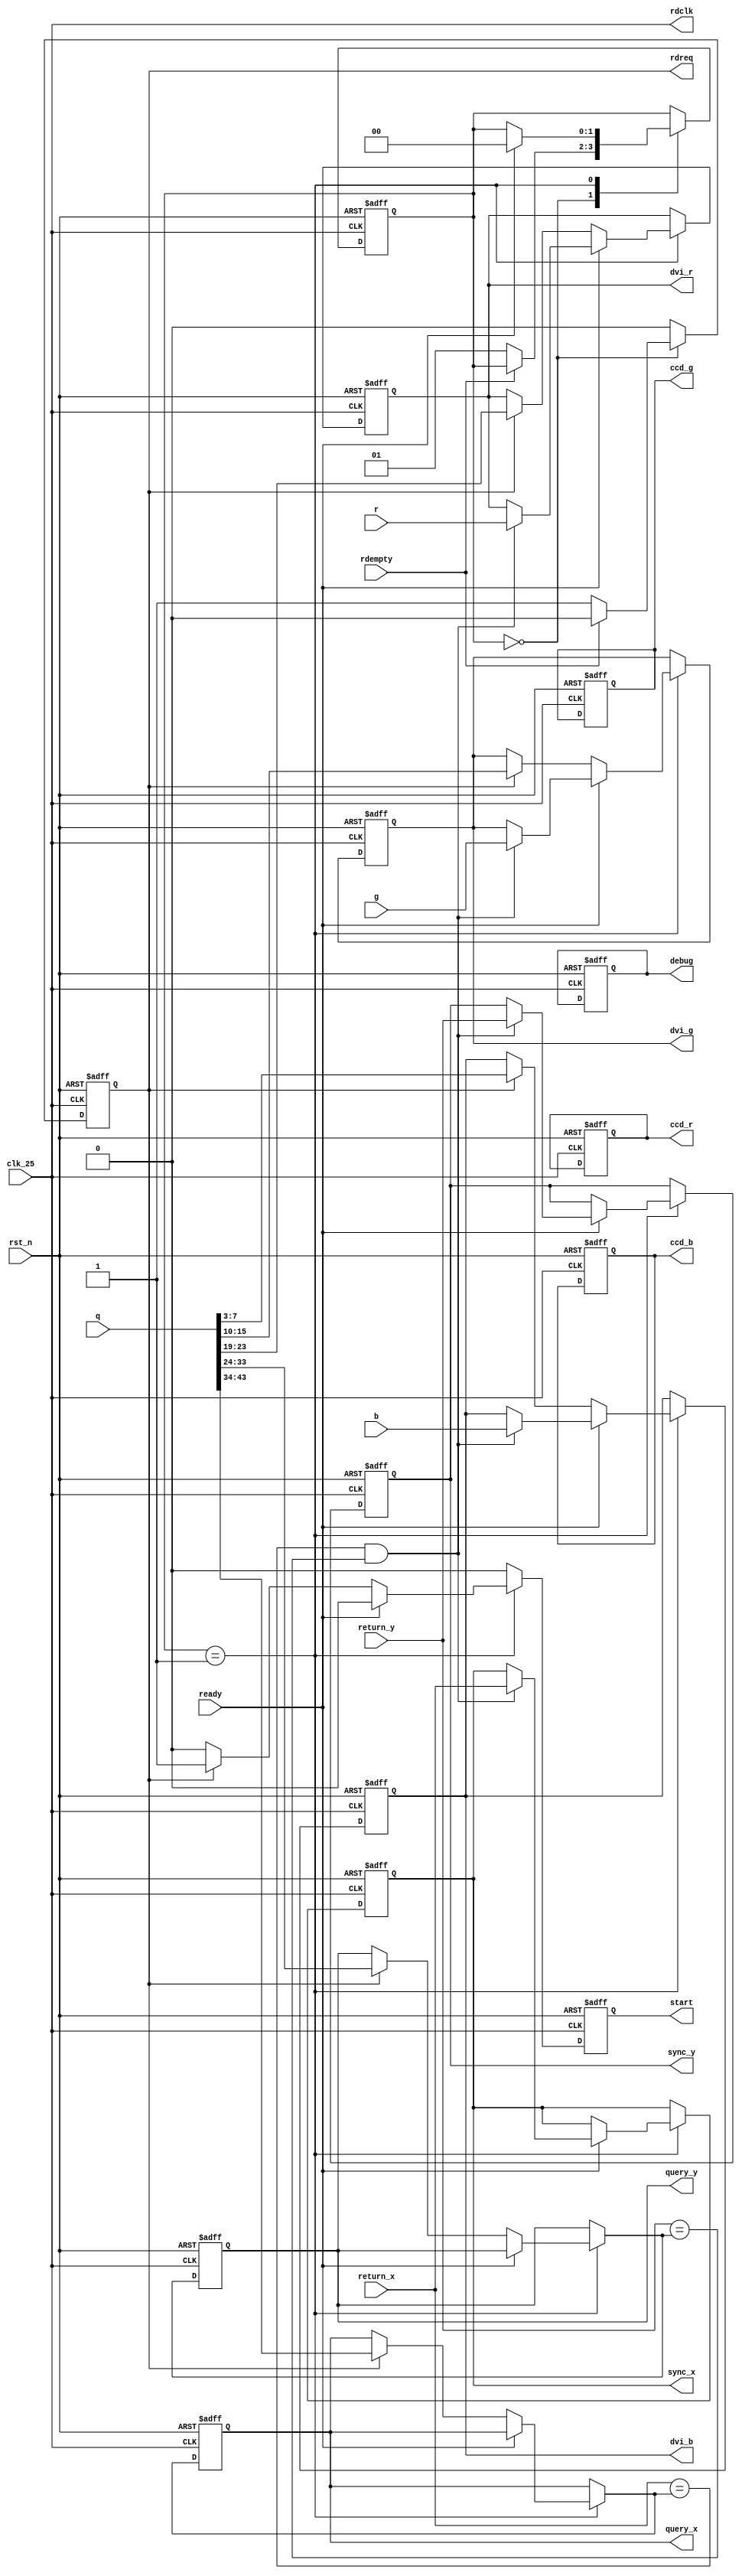
module sync_controller (
	clk_25,
	rst_n,
	sync_x,
	sync_y,
	dvi_r,
	dvi_g,
	dvi_b,
	ccd_r,
	ccd_g,
	ccd_b,
	// FIFO side
	q,
	rdempty,
	rdclk,
	rdreq,
	// Homography side
	return_x,
	return_y,
	r,
	g,
	b,
	ready,
	query_x,
	query_y,
	start,
	debug
);

// ==== parameter definition ===============================
	// finite state machine
	parameter S_IDLE = 1'b0;
	parameter S_WAIT = 1'b1;

// ==== in/out declaration =================================
	input 			clk_25;
	input 			rst_n;

	output	[9:0]	sync_x;
	output	[9:0]	sync_y;
	output	[4:0]	dvi_r;
	output	[5:0]	dvi_g;
	output	[4:0]	dvi_b;
	output	[4:0]	ccd_r;
	output	[5:0]	ccd_g;
	output	[4:0]	ccd_b;
	// FIFO side
	input 	[43:0] 	q; // 10,10,8,8,8
	input 			rdempty;
	
	output 			rdclk;
	output			rdreq;
	// Homography side
	input	[9:0]	return_x;
	input	[9:0]	return_y;
	input	[4:0]	r;
	input	[5:0]	g;
	input	[4:0]	b;
	input			ready;

	output	[9:0]	query_x;
	output	[9:0]	query_y;
	output			start;

	output 			debug;
// ==== reg/wire declaration ===============================
	wire 			rdclk;
	wire	[9:0]	x;
	wire	[9:0]	y;
	reg		[1:0]	state;
	reg		[1:0]	next_state;

	reg		[4:0]	dvi_r;
	reg		[5:0]	dvi_g;
	reg		[4:0]	dvi_b;
	reg		[4:0]	ccd_r;
	reg		[5:0]	ccd_g;
	reg		[4:0]	ccd_b;
	reg		[4:0]	next_dvi_r;
	reg		[5:0]	next_dvi_g;
	reg		[4:0]	next_dvi_b;
	reg		[4:0]	next_ccd_r;
	reg		[5:0]	next_ccd_g;
	reg		[4:0]	next_ccd_b;

	reg 			rdreq;
	reg				next_rdreq;

	reg 			start;
	reg				next_start;
	reg		[9:0]	query_x;
	reg		[9:0]	query_y;
	reg		[9:0]	sync_x;
	reg		[9:0]	sync_y;
	reg		[9:0]	next_query_x;
	reg		[9:0]	next_query_y;
	reg		[9:0]	next_sync_x;
	reg		[9:0]	next_sync_y;

	reg				debug;
	reg 			next_debug;
// ==== combinational part =================================
	assign rdclk = clk_25;
	assign x = next_query_x;
	assign y = next_query_y;

	always@(*) begin
		next_state = state;
		next_query_x = query_x;
		next_query_y = query_y;
		next_dvi_r = dvi_r;
		next_dvi_g = dvi_g;
		next_dvi_b = dvi_b;
		next_ccd_r = ccd_r;
		next_ccd_g = ccd_g;
		next_ccd_b = ccd_b;

		next_sync_x = sync_x;
		next_sync_y = sync_y;
		next_rdreq = 1'b0;
		next_start = 1'b0;

		next_debug = 1'b0;

		case(state)
			S_IDLE: begin
				if(rdempty==1'b0) begin
					next_state = S_WAIT;
					next_rdreq = 1'b1;
				end
			end
			S_WAIT: begin
				if(ready==1'b1) begin
					next_state = S_IDLE;
					if (return_x==x && return_y==y) begin
						next_sync_x = return_x;
						next_sync_y = return_y;
						next_dvi_r = r;
						next_dvi_g = g;
						next_dvi_b = b;
					end
					else next_debug = 1'b1;
				end
				else begin
					if(rdreq==1) begin
						next_query_x = q[43:34];
						next_query_y = q[33:24];
						next_dvi_r = q[23:19];
						next_dvi_g = q[15:10];
						next_dvi_b = q[7:3];
						next_start = 1'b1;
					end
				end
			end
		endcase
	end

// ==== sequential part ====================================
	always@(posedge clk_25 or negedge rst_n) begin
		if(rst_n==0) begin
			state 		<= S_IDLE;
			dvi_r		<= 5'd0;
			dvi_g		<= 6'd0;
			dvi_b		<= 5'd0;
			ccd_r		<= 5'd0;
			ccd_g		<= 6'd0;
			ccd_b		<= 5'd0;
			rdreq 		<= 1'b0;
			start 		<= 1'b0;
			query_x 	<= 10'd0;
			query_y 	<= 10'd0;
			sync_x 		<= 10'd0;
			sync_y 		<= 10'd0;
            debug       <= 1'b0;
		end
		else begin
			state 		<= next_state;
			dvi_r		<= next_dvi_r;
			dvi_g		<= next_dvi_g;
			dvi_b		<= next_dvi_b;
			ccd_r		<= next_ccd_r;
			ccd_g		<= next_ccd_g;
			ccd_b		<= next_ccd_b;
			rdreq 		<= next_rdreq;
			start 		<= next_start;		
			query_x 	<= next_query_x;
			query_y 	<= next_query_y;
			sync_x 		<= next_sync_x;
			sync_y 		<= next_sync_y;
            dubug       <= next_debug;
		end
	end
endmodule